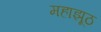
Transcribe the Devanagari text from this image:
महाझूठ